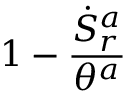
1 - \frac { \dot { S } _ { r } ^ { a } } { \theta ^ { a } }